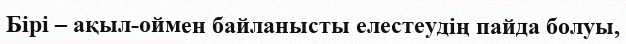
Бірі – ақыл-оймен байланысты елестеудің пайда болуы,